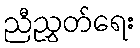
ညီညွှတ်ရေး